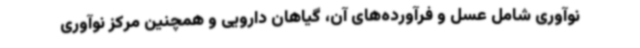
نوآوری شامل عسل و فرآورده‌های آن، گیاهان دارویی و همچنین مرکز نوآوری